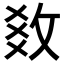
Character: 𢼫